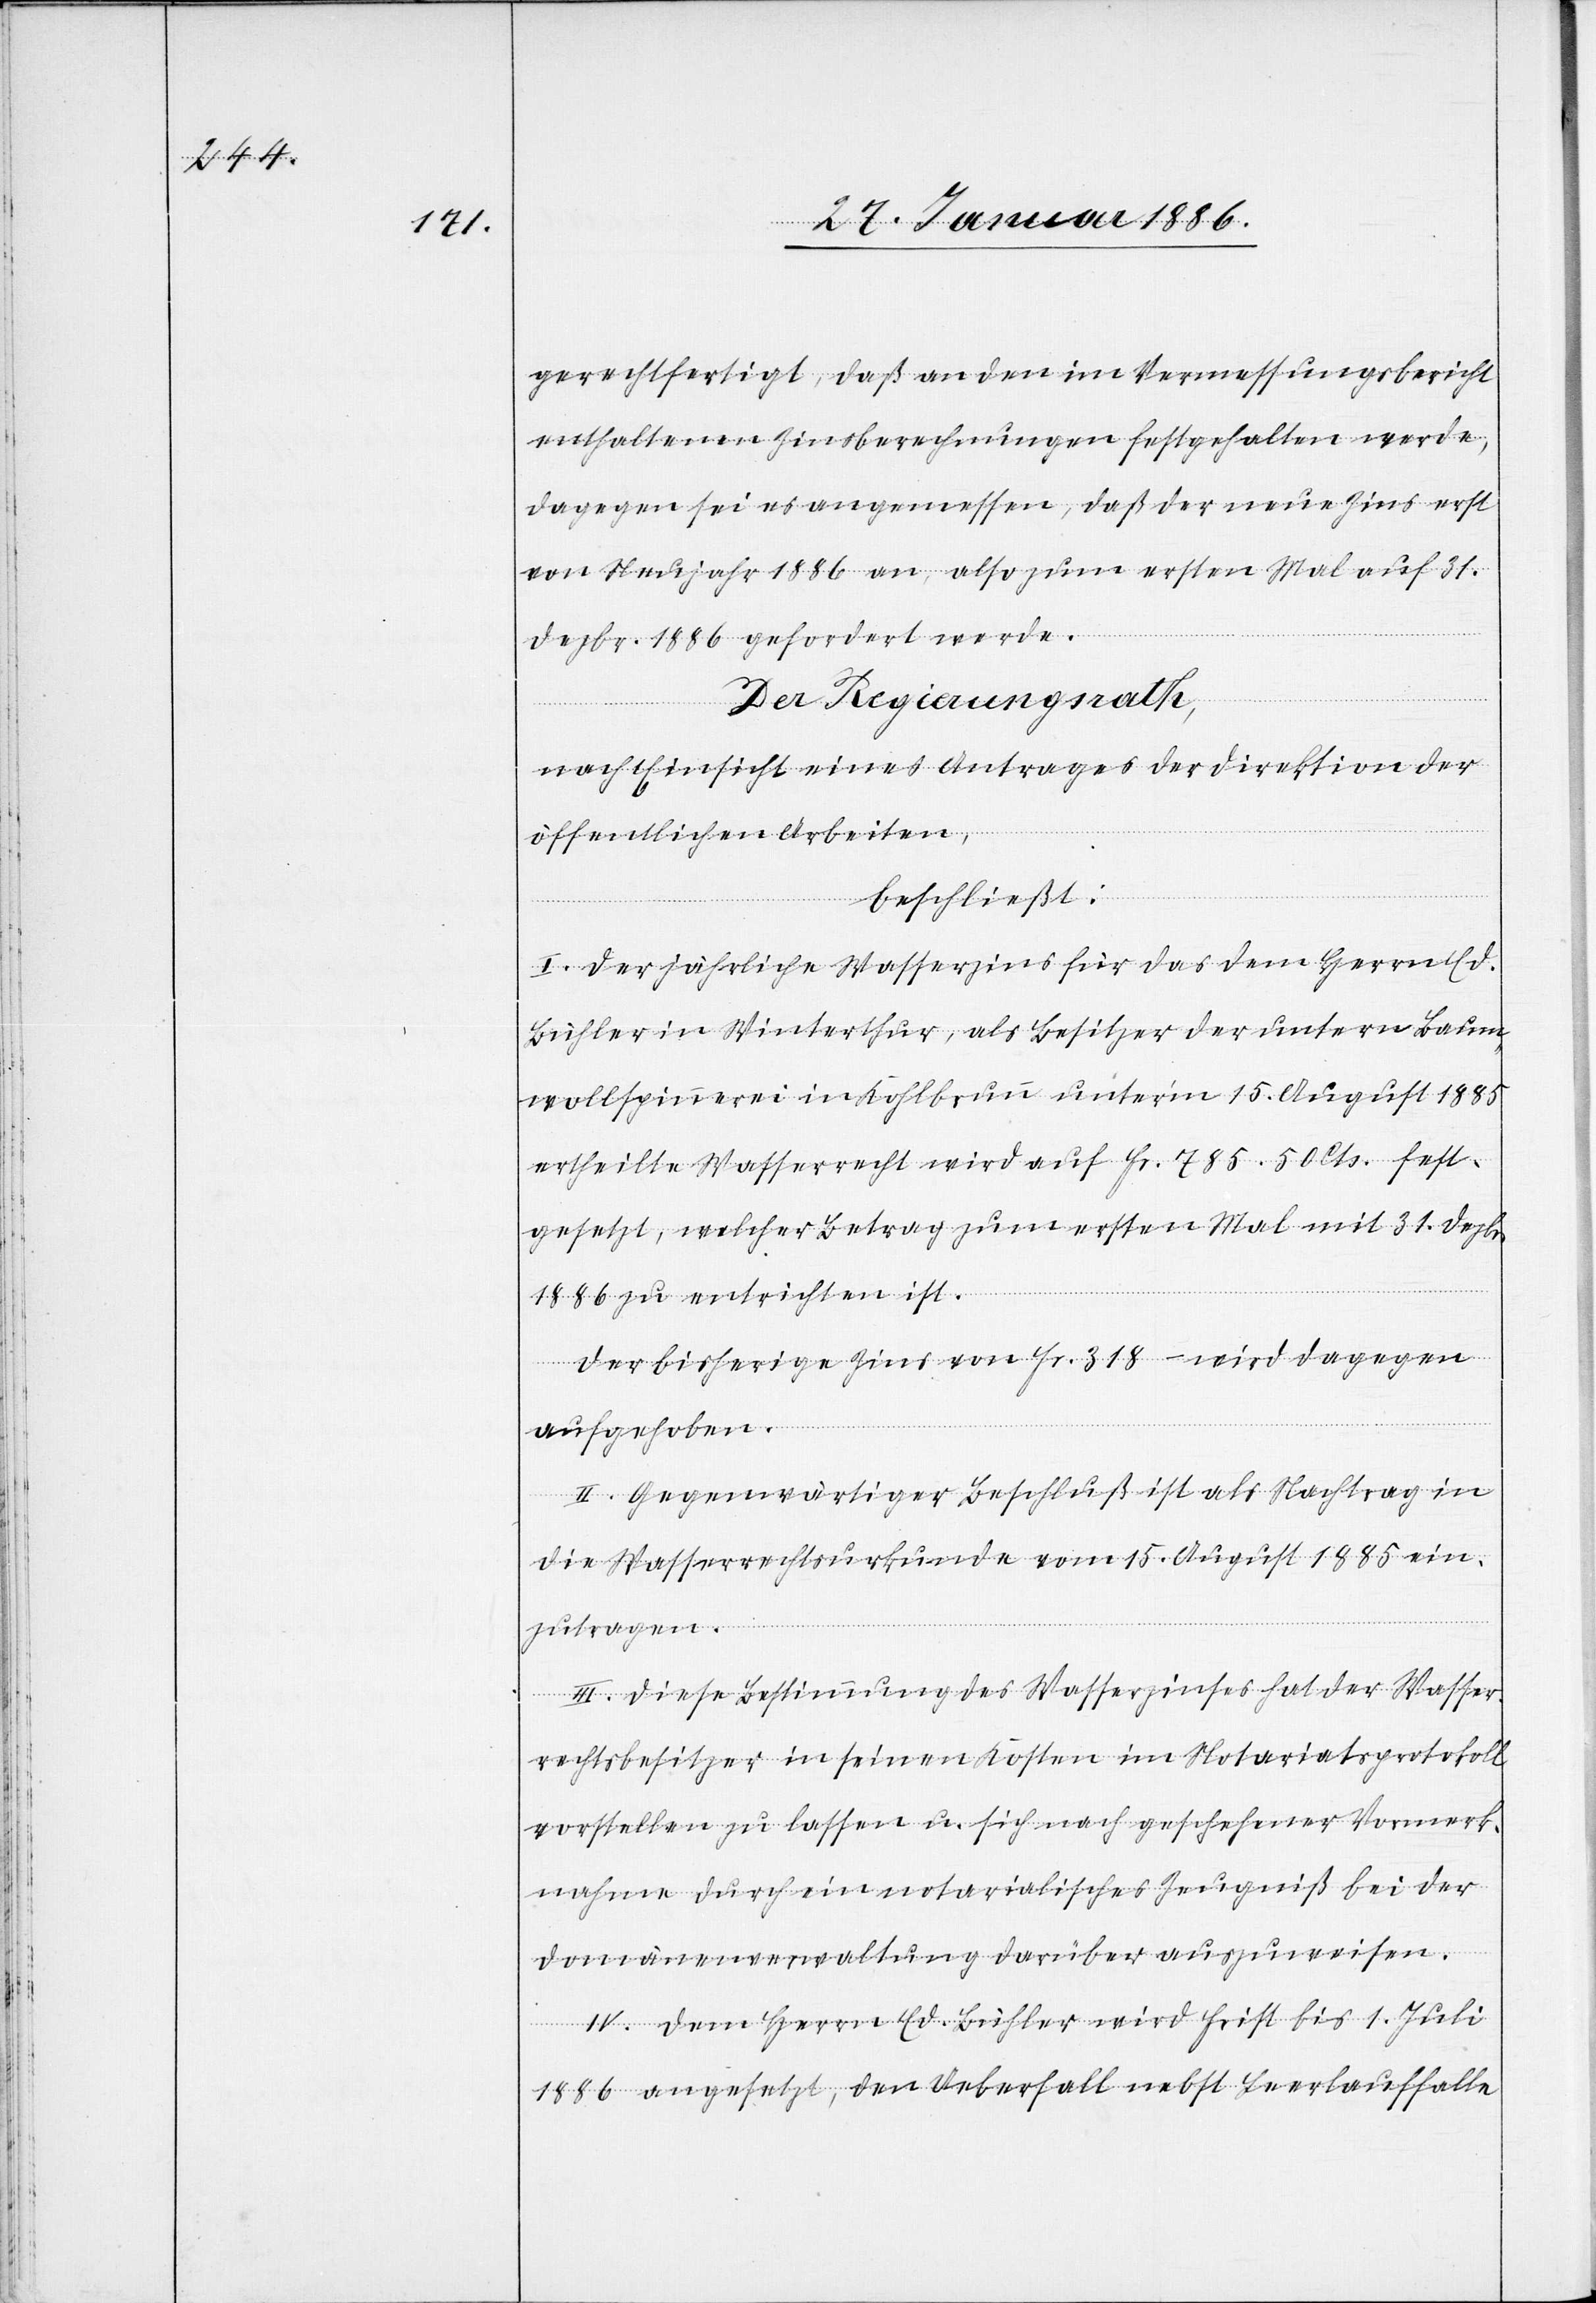
gerechtfertigt, daß an den im Vermessungsbericht
enthaltenen Zinsberechnungen festgehalten werde,
dagegen sei es angemessen, daß der neue Zins erst
von Neujahr 1886 an, also zum ersten Mal auf 31.
Dezbr. 1886 gefordert werde.
Der Regierungsrath,
nach Einsicht eines Antrages der Direktion der
öffentlichen Arbeiten,
beschließt:
I. Der jährliche Wasserzins für das dem Herrn Ed.
Bühler in Winterthur, als Besitzer der untern Baum¬
wollspinnerei in Kohlbrunn unterm 15. August 1885
ertheilte Wasserrecht wird auf Fr. 785. 50 Cts. fest¬
gesetzt, welcher Betrag zum ersten Mal mit 31. Dezbr.
1886 zu entrichten ist.
Der bisherige Zins von Fr. 318.– wird dagegen
aufgehoben.
II. Gegenwärtiger Beschluß ist als Nachtrag in
die Wasserrechtsurkunde vom 15. August 1885 ein¬
zutragen.
III. Diese Bestimmung des Wasserzinses hat der Wasser¬
rechtsbesitzer in seinen Kosten im Notariatsprotokoll
vorstellen zu lassen u. sich nach geschehener Vormerk¬
nahme durch ein notarialisches Zeugniß bei der
Domänenverwaltung darüber auszuweisen.
IV. Dem Herrn Ed. Brühler wird Frist bis 1. Juli
1886 angesetzt, den Ueberfall nebst Leerlauffalle